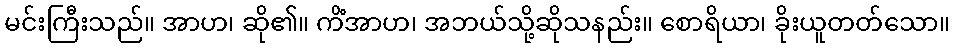
မင်းကြီးသည်။ အာဟ၊ ဆို၏။ ကိံအာဟ၊ အဘယ်သို့ဆိုသနည်း။ စောရိယာ၊ ခိုးယူတတ်သော။